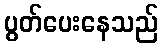
ပွတ်ပေးနေသည်